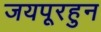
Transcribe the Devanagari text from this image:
जयपूरहुन